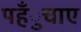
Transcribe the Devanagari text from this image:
पहँुचाए